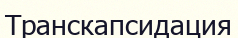
Транскапсидация